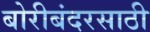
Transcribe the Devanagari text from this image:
बोरीबंदरसाठी